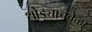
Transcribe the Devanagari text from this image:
थोड्याचवेळा